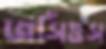
জর্সিওস